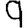
Digit: 9